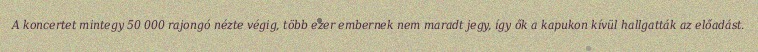
A koncertet mintegy 50 000 rajongó nézte végig, több ezer embernek nem maradt jegy, így ők a kapukon kívül hallgatták az előadást.